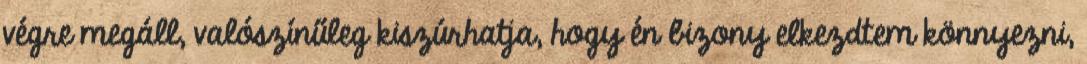
végre megáll, valószínűleg kiszúrhatja, hogy én bizony elkezdtem könnyezni,